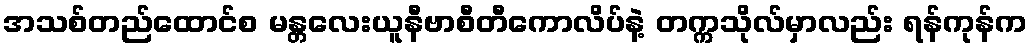
အသစ်တည်ထောင်စ မန္တလေးယူနီဗာစီတီကောလိပ်နဲ့ တက္ကသိုလ်မှာလည်း ရန်ကုန်က